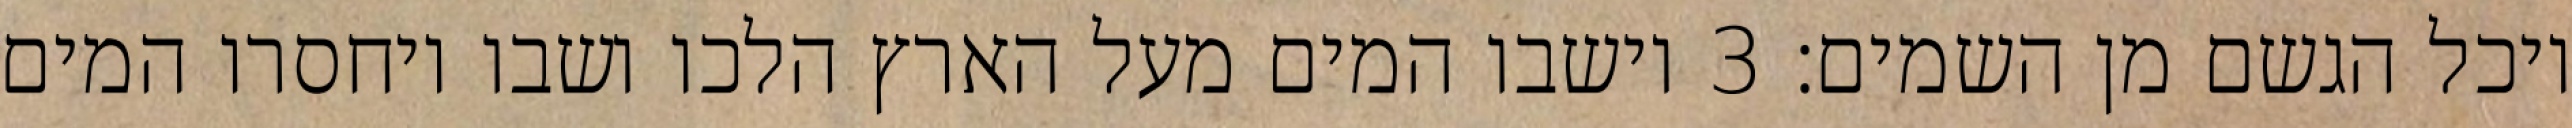
ויכל הגשם מן השמים׃ ‎3‏ וישבו המים מעל הארץ הלכו ושבו ויחסרו המים